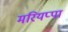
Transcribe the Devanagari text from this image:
मरियप्पा